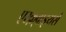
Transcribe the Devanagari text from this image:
एस्क़्वाइयर्स